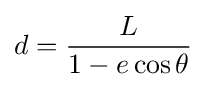
d={\frac {L}{1-e\cos \theta }}